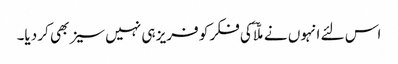
اس لئے انہوں نے ملّاؔ کی فکر کو فریز ہی نہیں سیز بھی کر دیا۔